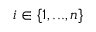
i \in \{ 1 , . . . , n \}